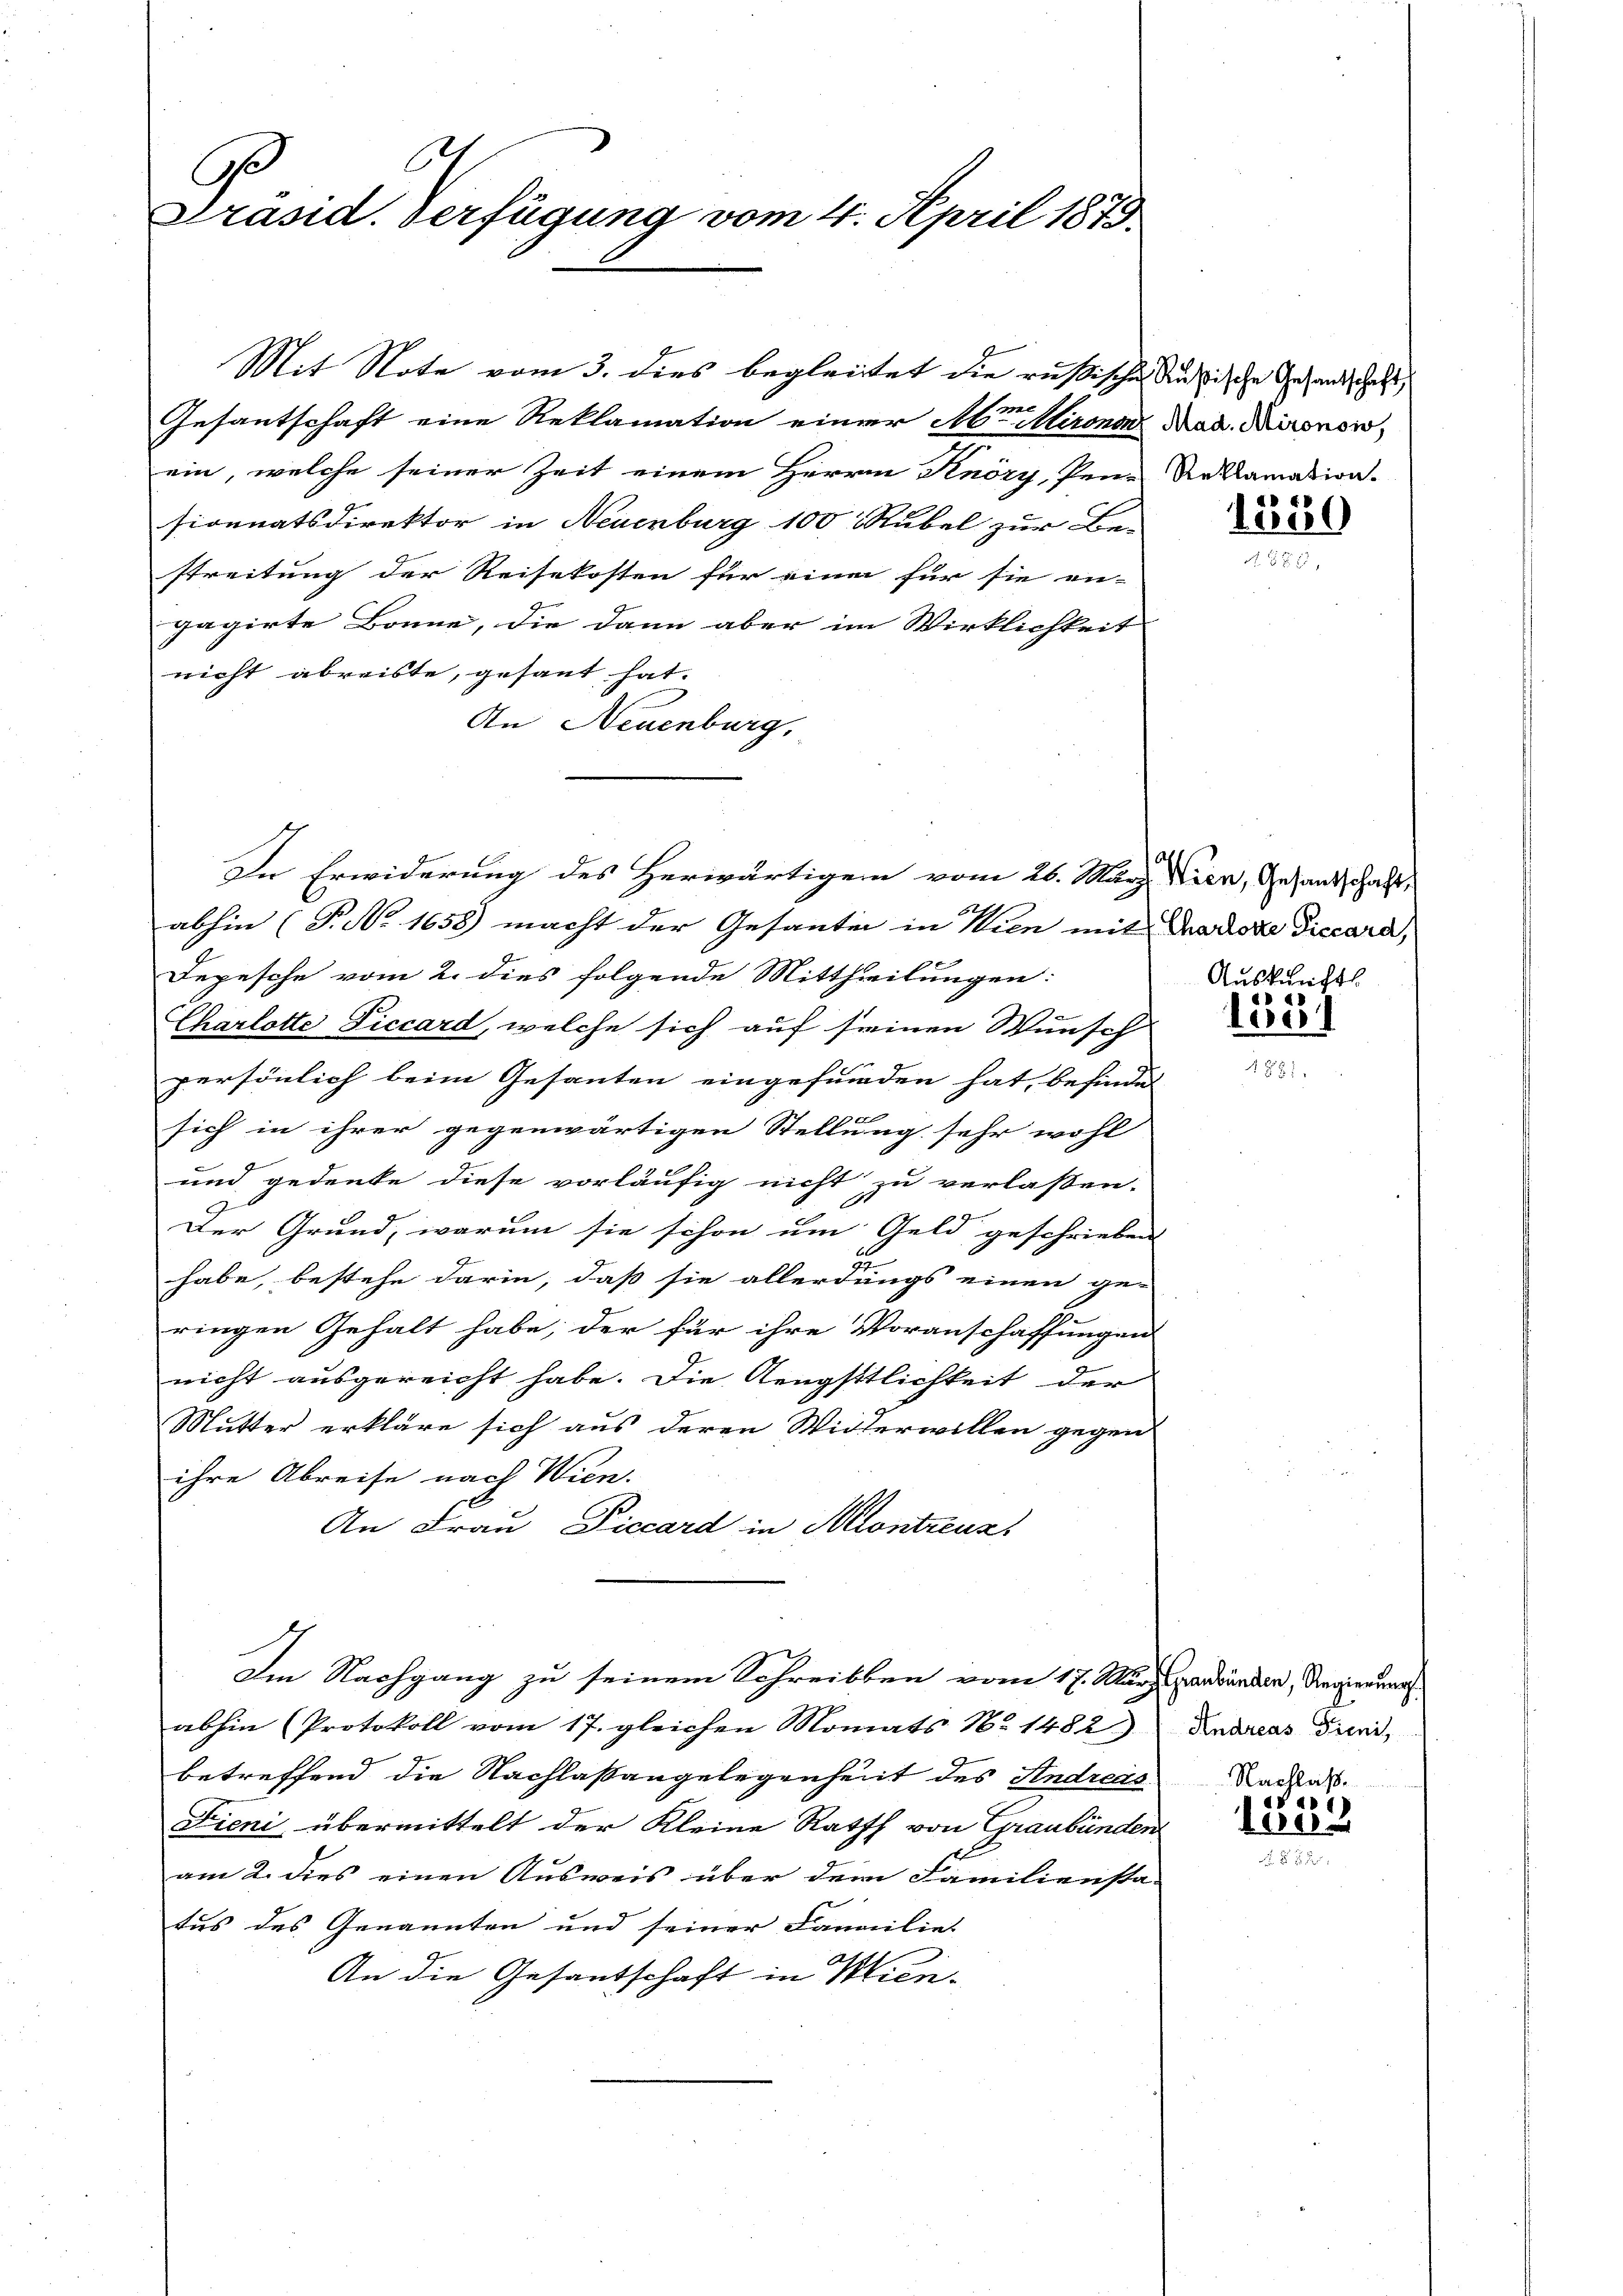
C
Ge
Präsid. Verfügung vom 4. April 1873

Gesantschaft eine Reklamation einer Mr. Mironau Nad. Mironon
ein, welche seiner Zeit einem Herrn Knöry, Pene Reklamation
sionnatsdirektor in Neuenburg 100 Rubel zur Be-
streitung der Reisekosten für einen für sie en-
gagirte Bonne, die dann aber im Wirklichkeit
nicht abreiste, gesant hat.
An Neuenburg,
g
abhin (T. No. 1658) macht der Gesanten in Wien mit Tradose Diccara,
Depesche vom 2. dies folgende Mittheilungen:
Charlotte Piccard, welche sich auf seinen Wunsch
persönlich beim Gesanten eingefunden hat, befindet
t
sich in ihrer gegenwärtigen Stellung sehr wohl
und gedeute diese vorläufig nicht zu verlassen.
Der Grund, warum sie schon um Geld geschrieben
zu
habe, bestehe darin, daß sie allerdungs einen ge-
ringen Gehalt habe, der für ihre Voranschaffungen
nicht ausgereicht habe. Die Aeugsttlichkeit der
Mutter erkläre sich aus deren Widerwillen gegen
ihre Abreise nach Wien.
An Frau Piccard in Montreuz
Im Nachgang zu seinem Schreibben vom 17. März verbunden, Regierungs
abhin (Protokoll vom 17. gleichen Monats No 1482) Andreas Diens,
betreffend die Nachlaßangelegenheit des Andreas Raddas.
Fieni übermittelt der Kleine Rath von Graubünder

am 2. dies einen Ausweis über dem Familiensta-
tus des Genannten und seiner Familie.
An die Gesantschaft in Kien-

Mit Note vom 3. dies begleitet die rußische Aussische Gesandtschaft,

In Erwiderung des Herwärtigem vom 26. März. Wien, Gesandschaft,

1580
A. 1815

Auskunft

150

a.1)
150.